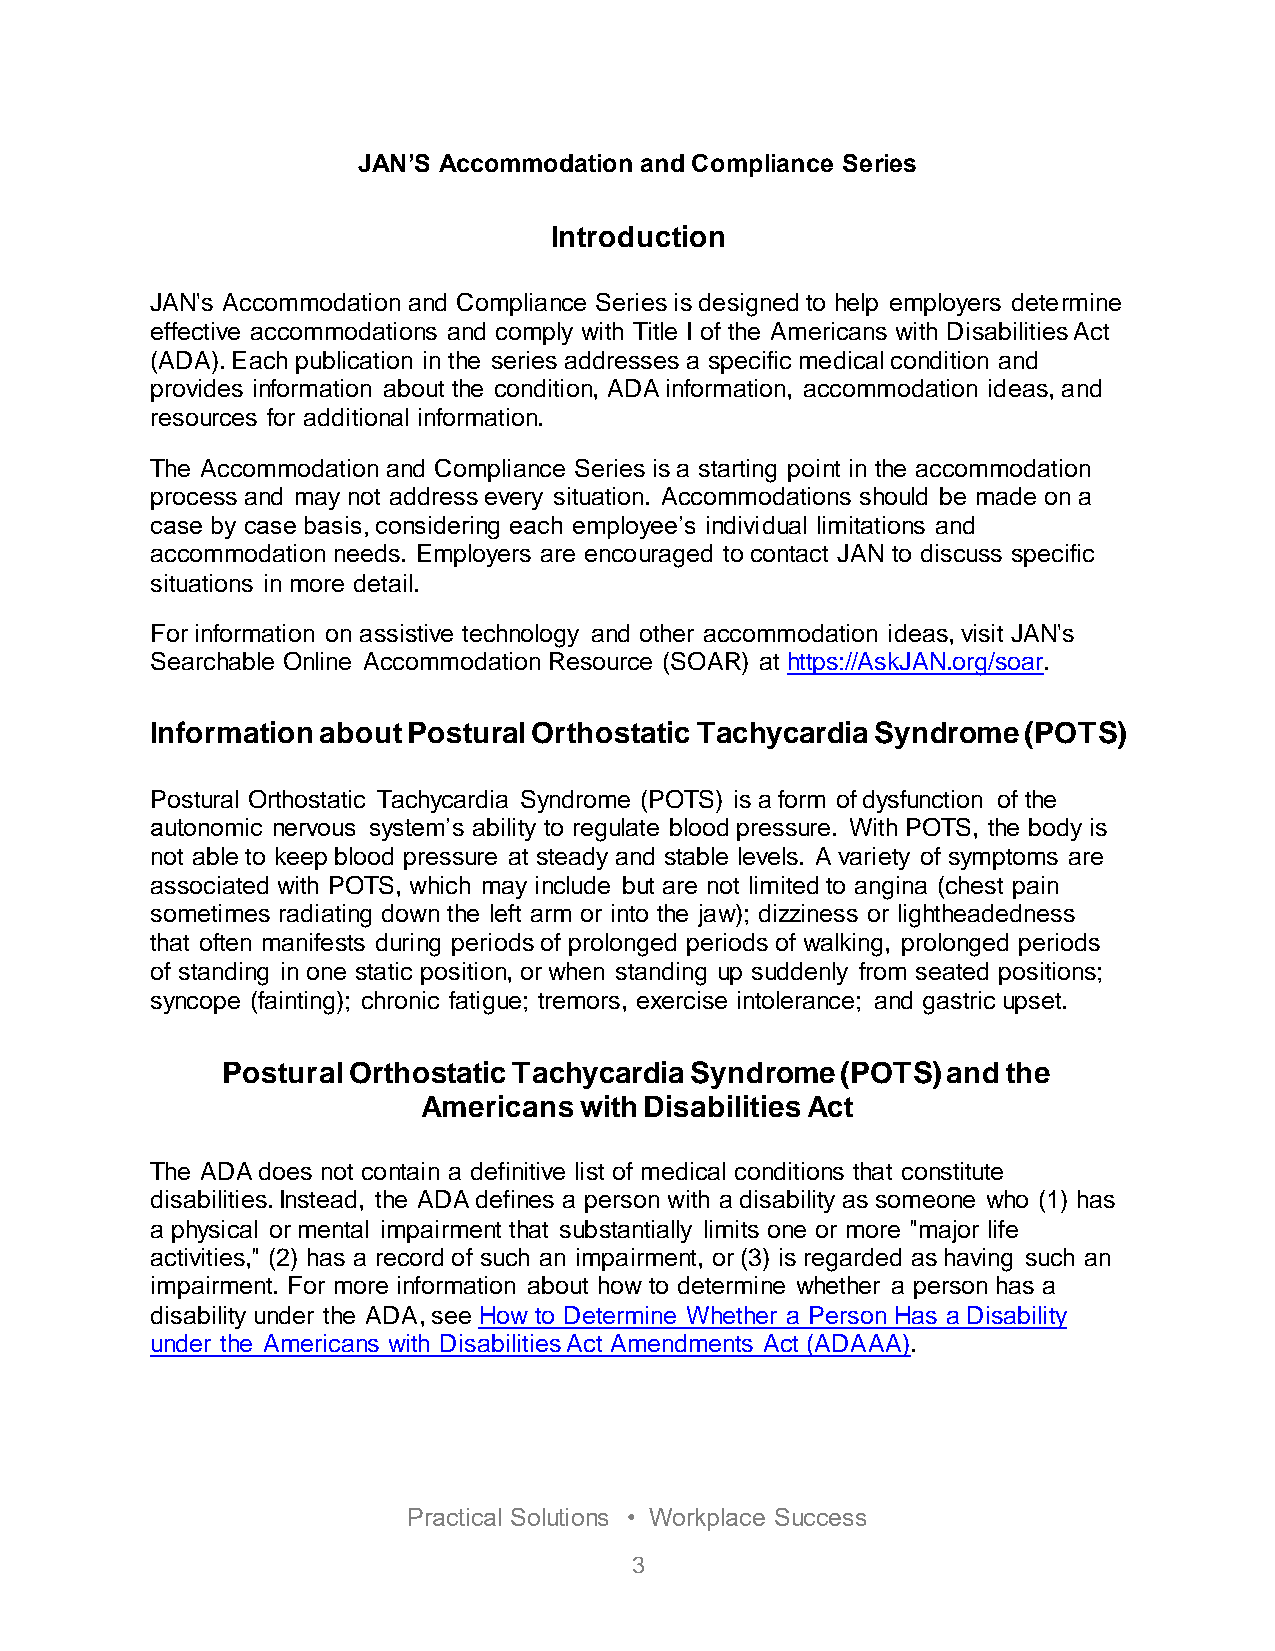
JAN’S Accommodation and Compliance Series
 Introduction
 JAN's Accommodation and Compliance Series is designed to help employers determine
 effective accommodations and comply with Title I of the Americans with Disabilities Act
 (ADA). Each publication in the series addresses a specific medical condition and
 provides information about the condition, ADA information, accommodation ideas, and
 resources for additional information.
 The Accommodation and Compliance Series is a starting point in the accommodation
 process and may not address every situation. Accommodations should be made on a
 case by case basis, considering each employee’s individual limitations and
 accommodation needs. Employers are encouraged to contact JAN to discuss specific
 situations in more detail.
 For information on assistive technology and other accommodation ideas, visit JAN's
 Searchable Online Accommodation Resource (SOAR) at https://AskJAN.org/soar.
 Information about Postural Orthostatic Tachycardia Syndrome (POTS)
 Postural Orthostatic Tachycardia Syndrome (POTS) is a form of dysfunction of the
 autonomic nervous system’s ability to regulate blood pressure. With POTS, the body is
 not able to keep blood pressure at steady and stable levels. A variety of symptoms are
 associated with POTS, which may include but are not limited to angina (chest pain
 sometimes radiating down the left arm or into the jaw); dizziness or lightheadedness
 that often manifests during periods of prolonged periods of walking, prolonged periods
 of standing in one static position, or when standing up suddenly from seated positions;
 syncope (fainting); chronic fatigue; tremors, exercise intolerance; and gastric upset.
 Postural Orthostatic Tachycardia Syndrome (POTS) and the
 Americans with Disabilities Act
 The ADA does not contain a definitive list of medical conditions that constitute
 disabilities. Instead, the ADA defines a person with a disability as someone who (1) has
 a physical or mental impairment that substantially limits one or more "major life
 activities," (2) has a record of such an impairment, or (3) is regarded as having such an
 impairment. For more information about how to determine whether a person has a
 disability under the ADA, see How to Determine Whether a Person Has a Disability
 under the Americans with Disabilities Act Amendments Act (ADAAA).
 Practical Solutions • Workplace Success
 3